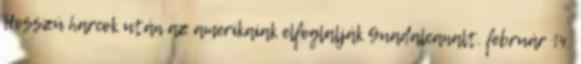
Hosszú harcok után az amerikaiak elfoglalják Guadalcanalt. február 14.